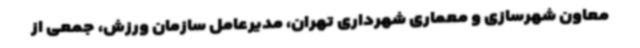
معاون شهرسازی و معماری شهرداری تهران، مدیرعامل سازمان ورزش، جمعی از